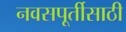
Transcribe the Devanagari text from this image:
नवसपूर्तीसाठी